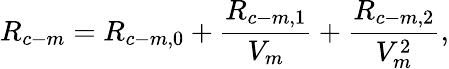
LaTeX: R_{c-m}=R_{c-m,0}+\frac{R_{c-m,1}}{V_{m}}+\frac{R_{c-m,2}}{V_{m}^{2}},